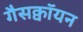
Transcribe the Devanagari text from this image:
गैसक्वॉयन